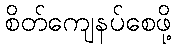
စိတ်ကျေနပ်စေဖို့